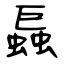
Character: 螶